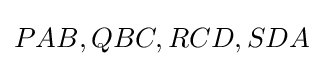
PAB,QBC,RCD,SDA